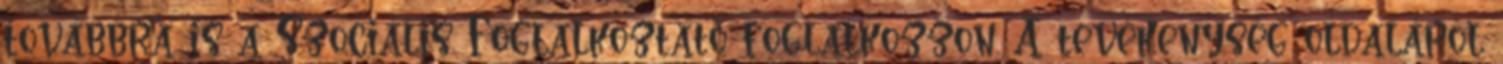
továbbra is a Szociális Foglalkoztató foglalkozzon. A tevékenység oldaláról